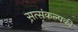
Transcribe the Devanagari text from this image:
सत्संकल्पकी